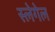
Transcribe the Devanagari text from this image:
स्लेगेल